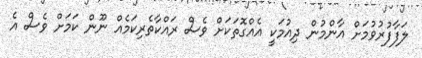
ލަފާފުރުވުމަށް އާންމުން ދިއުމަކީ އެއްގޮތަކަށް ވެސް ރައްކާތެރިކަމެއް ނޫން ކަމަށް ވެސް އެ